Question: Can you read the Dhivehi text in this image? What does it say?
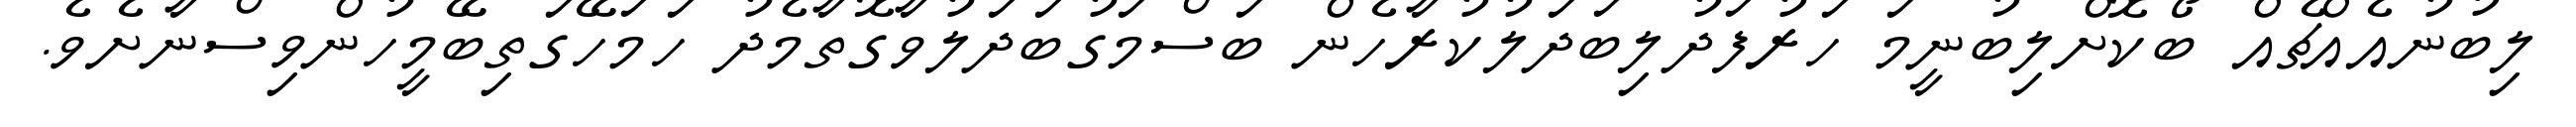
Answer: ލިބުނުއެއްޗެއް ބޯކޮށްލިބުނީމަ ހަރުފަދުލިބަދަލުކުރާހެން ބަސްމަގުބަދަލުވާގޮތާމެދު ހަމަހޭގަތިބޭމީހުންވިސްނާށެވެ.